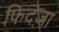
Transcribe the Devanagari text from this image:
फिदंज़ा